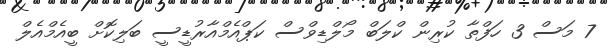
7 މަސް 3 ހަފްތާ ކުރިން ކްލަބް މޯލްޑިވްސް ކަޕްއެމްއާރުޑީސީ ބަލިކޮށް ބީއެމްއެލް